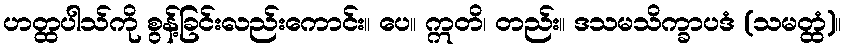
ဟတ္ထပါသ်ကို စွန့်ခြင်းလည်းကောင်း။ ပေ။ ဣတိ၊ တည်း။ ဒသမသိက္ခာပဒံ (သမတ္ထံ)။